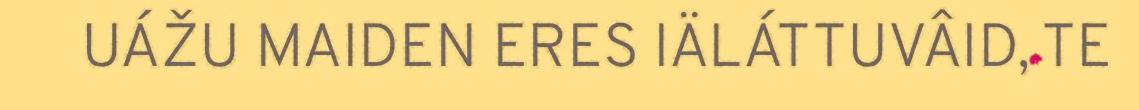
UÁŽU MAIDEN ERES IÄLÁTTUVÂID, TE